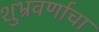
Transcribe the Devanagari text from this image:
शुभ्रवर्णाचा